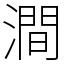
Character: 澗